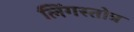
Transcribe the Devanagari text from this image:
लिंगस्तोत्र